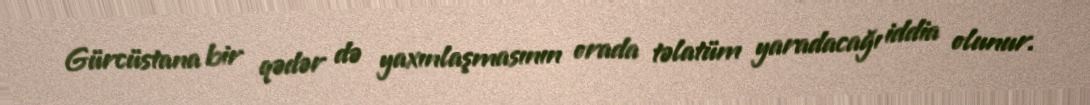
Gürcüstana bir qədər də yaxınlaşmasının orada təlatüm yaradacağı iddia olunur.